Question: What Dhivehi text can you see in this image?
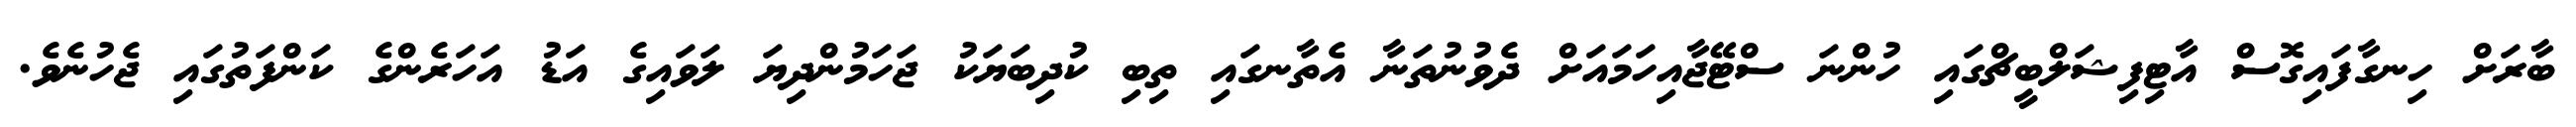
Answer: ބާރަށް ހިނގާފައިގޮސް އާޓިފިޝަލްބީޗްގައި ހުންނަ ސްޓޭޖާއިހަމައަށް ދެވުނުތަނާ އެތާނގައި ތިބި ކުދިބަޔަކު ޖަހަމުންދިޔަ ލަވައިގެ އަޑު އަހަރެންގެ ކަންފަތުގައި ޖެހުނެވެ.